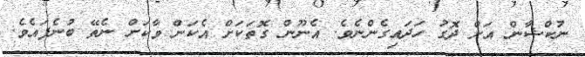
ނުކްޝާން އަށް ދޮގު ހަދައިގެންނެވެ. އެނޫން ގޮތަކަށް އެކަން ވާކަށް ނެތޭ ބުނެފައެވެ.